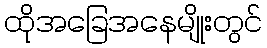
ထိုအခြေအနေမျိုးတွင်